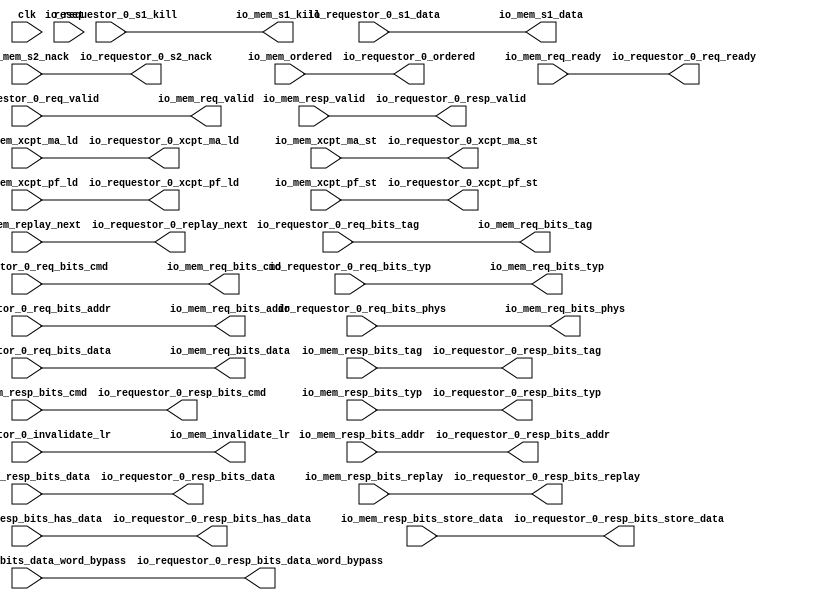
module HellaCacheArbiter(
  input   clk,
  input   reset,
  output  io_requestor_0_req_ready,
  input   io_requestor_0_req_valid,
  input  [31:0] io_requestor_0_req_bits_addr,
  input  [8:0] io_requestor_0_req_bits_tag,
  input  [4:0] io_requestor_0_req_bits_cmd,
  input  [2:0] io_requestor_0_req_bits_typ,
  input   io_requestor_0_req_bits_phys,
  input  [31:0] io_requestor_0_req_bits_data,
  input   io_requestor_0_s1_kill,
  input  [31:0] io_requestor_0_s1_data,
  output  io_requestor_0_s2_nack,
  output  io_requestor_0_resp_valid,
  output [31:0] io_requestor_0_resp_bits_addr,
  output [8:0] io_requestor_0_resp_bits_tag,
  output [4:0] io_requestor_0_resp_bits_cmd,
  output [2:0] io_requestor_0_resp_bits_typ,
  output [31:0] io_requestor_0_resp_bits_data,
  output  io_requestor_0_resp_bits_replay,
  output  io_requestor_0_resp_bits_has_data,
  output [31:0] io_requestor_0_resp_bits_data_word_bypass,
  output [31:0] io_requestor_0_resp_bits_store_data,
  output  io_requestor_0_replay_next,
  output  io_requestor_0_xcpt_ma_ld,
  output  io_requestor_0_xcpt_ma_st,
  output  io_requestor_0_xcpt_pf_ld,
  output  io_requestor_0_xcpt_pf_st,
  input   io_requestor_0_invalidate_lr,
  output  io_requestor_0_ordered,
  input   io_mem_req_ready,
  output  io_mem_req_valid,
  output [31:0] io_mem_req_bits_addr,
  output [8:0] io_mem_req_bits_tag,
  output [4:0] io_mem_req_bits_cmd,
  output [2:0] io_mem_req_bits_typ,
  output  io_mem_req_bits_phys,
  output [31:0] io_mem_req_bits_data,
  output  io_mem_s1_kill,
  output [31:0] io_mem_s1_data,
  input   io_mem_s2_nack,
  input   io_mem_resp_valid,
  input  [31:0] io_mem_resp_bits_addr,
  input  [8:0] io_mem_resp_bits_tag,
  input  [4:0] io_mem_resp_bits_cmd,
  input  [2:0] io_mem_resp_bits_typ,
  input  [31:0] io_mem_resp_bits_data,
  input   io_mem_resp_bits_replay,
  input   io_mem_resp_bits_has_data,
  input  [31:0] io_mem_resp_bits_data_word_bypass,
  input  [31:0] io_mem_resp_bits_store_data,
  input   io_mem_replay_next,
  input   io_mem_xcpt_ma_ld,
  input   io_mem_xcpt_ma_st,
  input   io_mem_xcpt_pf_ld,
  input   io_mem_xcpt_pf_st,
  output  io_mem_invalidate_lr,
  input   io_mem_ordered
);
  assign io_requestor_0_req_ready = io_mem_req_ready;
  assign io_requestor_0_s2_nack = io_mem_s2_nack;
  assign io_requestor_0_resp_valid = io_mem_resp_valid;
  assign io_requestor_0_resp_bits_addr = io_mem_resp_bits_addr;
  assign io_requestor_0_resp_bits_tag = io_mem_resp_bits_tag;
  assign io_requestor_0_resp_bits_cmd = io_mem_resp_bits_cmd;
  assign io_requestor_0_resp_bits_typ = io_mem_resp_bits_typ;
  assign io_requestor_0_resp_bits_data = io_mem_resp_bits_data;
  assign io_requestor_0_resp_bits_replay = io_mem_resp_bits_replay;
  assign io_requestor_0_resp_bits_has_data = io_mem_resp_bits_has_data;
  assign io_requestor_0_resp_bits_data_word_bypass = io_mem_resp_bits_data_word_bypass;
  assign io_requestor_0_resp_bits_store_data = io_mem_resp_bits_store_data;
  assign io_requestor_0_replay_next = io_mem_replay_next;
  assign io_requestor_0_xcpt_ma_ld = io_mem_xcpt_ma_ld;
  assign io_requestor_0_xcpt_ma_st = io_mem_xcpt_ma_st;
  assign io_requestor_0_xcpt_pf_ld = io_mem_xcpt_pf_ld;
  assign io_requestor_0_xcpt_pf_st = io_mem_xcpt_pf_st;
  assign io_requestor_0_ordered = io_mem_ordered;
  assign io_mem_req_valid = io_requestor_0_req_valid;
  assign io_mem_req_bits_addr = io_requestor_0_req_bits_addr;
  assign io_mem_req_bits_tag = io_requestor_0_req_bits_tag;
  assign io_mem_req_bits_cmd = io_requestor_0_req_bits_cmd;
  assign io_mem_req_bits_typ = io_requestor_0_req_bits_typ;
  assign io_mem_req_bits_phys = io_requestor_0_req_bits_phys;
  assign io_mem_req_bits_data = io_requestor_0_req_bits_data;
  assign io_mem_s1_kill = io_requestor_0_s1_kill;
  assign io_mem_s1_data = io_requestor_0_s1_data;
  assign io_mem_invalidate_lr = io_requestor_0_invalidate_lr;
endmodule